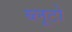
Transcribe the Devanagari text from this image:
ब्लूटो